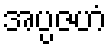
အပ္ပဇဟံ